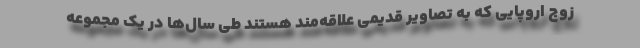
زوج اروپایی که به تصاویر قدیمی علاقه‌مند هستند طی سال‌ها در یک مجموعه